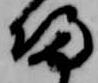
帰